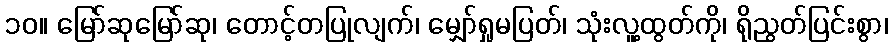
၁၀။ မြော်ဆုမြော်ဆု၊ တောင့်တပြုလျက်၊ မျှော်ရှုမပြတ်၊ သုံးလူ့ထွတ်ကို၊ ရိုညွတ်ပြင်းစွာ၊